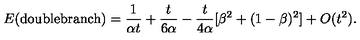
E ( \mathrm { d o u b l e b r a n c h } ) = \frac { 1 } { \alpha t } + \frac { t } { 6 \alpha } - \frac { t } { 4 \alpha } [ \beta ^ { 2 } + ( 1 - \beta ) ^ { 2 } ] + O ( t ^ { 2 } ) .